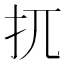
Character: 扤